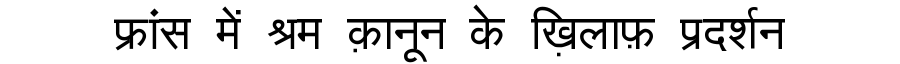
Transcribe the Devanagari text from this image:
फ्रांस में श्रम क़ानून के ख़िलाफ़ प्रदर्शन